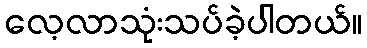
လေ့လာသုံးသပ်ခဲ့ပါတယ်။